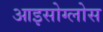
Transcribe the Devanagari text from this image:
आइसोग्लोस